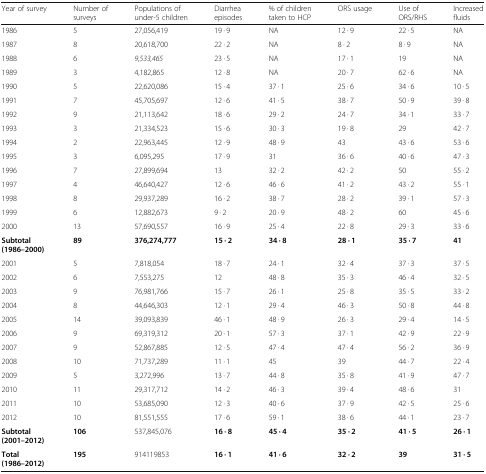
<table><thead><tr><td><b>Year of survey</b></td><td><b>Number of surveys</b></td><td><b>Populations of under-5 children</b></td><td><b>Diarrhea episodes</b></td><td><b>% of children taken to HCP</b></td><td><b>ORS usage</b></td><td><b>Use of ORS/RHS</b></td><td><b>Increased fluids</b></td></tr></thead><tbody><tr><td>1986</td><td>5</td><td>27,056,419</td><td>19 · 9</td><td>NA</td><td>12 · 9</td><td>22 · 5</td><td>NA</td></tr><tr><td>1987</td><td>8</td><td>20,618,700</td><td>22 · 2</td><td>NA</td><td>8 · 2</td><td>8 · 9</td><td>NA</td></tr><tr><td>1988</td><td>6</td><td><i>9,533,465</i></td><td>23 · 5</td><td>NA</td><td>17 · 1</td><td>19</td><td>NA</td></tr><tr><td>1989</td><td>3</td><td>4,182,865</td><td>12 · 8</td><td>NA</td><td>20 · 7</td><td>62 · 6</td><td>NA</td></tr><tr><td>1990</td><td>5</td><td>22,620,086</td><td>15 · 4</td><td>37 · 1</td><td>25 · 6</td><td>34 · 6</td><td>10 · 5</td></tr><tr><td>1991</td><td>7</td><td>45,705,697</td><td>12 · 6</td><td>41 · 5</td><td>38 · 7</td><td>50 · 9</td><td>39 · 8</td></tr><tr><td>1992</td><td>9</td><td>21,113,642</td><td>18 · 6</td><td>29 · 2</td><td>24 · 7</td><td>34 · 1</td><td>33 · 7</td></tr><tr><td>1993</td><td>3</td><td>21,334,523</td><td>15 · 6</td><td>30 · 3</td><td>19 · 8</td><td>29</td><td>42 · 7</td></tr><tr><td>1994</td><td>2</td><td>22,963,445</td><td>12 · 9</td><td>48 · 9</td><td>43</td><td>43 · 6</td><td>53 · 6</td></tr><tr><td>1995</td><td>3</td><td>6,095,295</td><td>17 · 9</td><td>31</td><td>36 · 6</td><td>40 · 6</td><td>47 · 3</td></tr><tr><td>1996</td><td>7</td><td>27,899,694</td><td>13</td><td>32 · 2</td><td>42 · 2</td><td>50</td><td>55 · 2</td></tr><tr><td>1997</td><td>4</td><td>46,640,427</td><td>12 · 6</td><td>46 · 6</td><td>41 · 2</td><td>43 · 2</td><td>55 · 1</td></tr><tr><td>1998</td><td>8</td><td>29,937,289</td><td>16 · 2</td><td>38 · 7</td><td>28 · 2</td><td>39 · 1</td><td>57 · 3</td></tr><tr><td>1999</td><td>6</td><td>12,882,673</td><td>9 · 2</td><td>20 · 9</td><td>48 · 2</td><td>60</td><td>45 · 6</td></tr><tr><td>2000</td><td>13</td><td>57,690,557</td><td>16 · 9</td><td>25 · 4</td><td>22 · 8</td><td>29 · 3</td><td>33 · 6</td></tr><tr><td><b>Subtotal (1986–2000)</b></td><td><b>89</b></td><td><b>376,274,777</b></td><td><b>15 · 2</b></td><td><b>34 · 8</b></td><td><b>28 · 1</b></td><td><b>35 · 7</b></td><td><b>41</b></td></tr><tr><td>2001</td><td>5</td><td>7,818,054</td><td>18 · 7</td><td>24 · 1</td><td>32 · 4</td><td>37 · 3</td><td>37 · 5</td></tr><tr><td>2002</td><td>6</td><td>7,553,275</td><td>12</td><td>48 · 8</td><td>35 · 3</td><td>46 · 4</td><td>32 · 5</td></tr><tr><td>2003</td><td>9</td><td>76,981,766</td><td>15 · 7</td><td>26 · 1</td><td>25 · 8</td><td>35 · 5</td><td>33 · 2</td></tr><tr><td>2004</td><td>8</td><td>44,646,303</td><td>12 · 1</td><td>29 · 4</td><td>46 · 3</td><td>50 · 8</td><td>44 · 8</td></tr><tr><td>2005</td><td>14</td><td>39,093,839</td><td>46 · 1</td><td>48 · 9</td><td>26 · 3</td><td>29 · 4</td><td>14 · 5</td></tr><tr><td>2006</td><td>9</td><td>69,319,312</td><td>20 · 1</td><td>57 · 3</td><td>37 · 1</td><td>42 · 9</td><td>22 · 9</td></tr><tr><td>2007</td><td>9</td><td>52,867,885</td><td>12 · 5</td><td>47 · 4</td><td>47 · 4</td><td>56 · 2</td><td>36 · 9</td></tr><tr><td>2008</td><td>10</td><td>71,737,289</td><td>11 · 1</td><td>45</td><td>39</td><td>44 · 7</td><td>22 · 4</td></tr><tr><td>2009</td><td>5</td><td>3,272,996</td><td>13 · 7</td><td>44 · 8</td><td>35 · 8</td><td>41 · 9</td><td>47 · 7</td></tr><tr><td>2010</td><td>11</td><td>29,317,712</td><td>14 · 2</td><td>46 · 3</td><td>39 · 4</td><td>48 · 6</td><td>31</td></tr><tr><td>2011</td><td>10</td><td>53,685,090</td><td>12 · 3</td><td>40 · 6</td><td>37 · 9</td><td>42 · 5</td><td>25 · 6</td></tr><tr><td>2012</td><td>10</td><td>81,551,555</td><td>17 · 6</td><td>59 · 1</td><td>38 · 6</td><td>44 · 1</td><td>23 · 7</td></tr><tr><td><b>Subtotal (2001–2012)</b></td><td><b>106</b></td><td>537,845,076</td><td><b>16 · 8</b></td><td><b>45 · 4</b></td><td><b>35 · 2</b></td><td><b>41 · 5</b></td><td><b>26 · 1</b></td></tr><tr><td><b>Total (1986–2012)</b></td><td><b>195</b></td><td>914119853</td><td><b>16 · 1</b></td><td><b>41 · 6</b></td><td><b>32 · 2</b></td><td><b>39</b></td><td><b>31 · 5</b></td></tr></tbody></table>